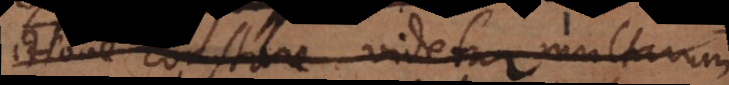
ctione constare videtur multarum